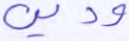
ودين